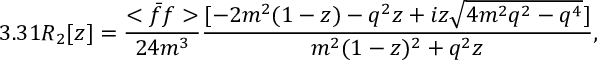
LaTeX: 3 . 3 1 R _ { 2 } [ z ] = \frac { < \bar { f } f > } { 2 4 m ^ { 3 } } \frac { [ - 2 m ^ { 2 } ( 1 - z ) - q ^ { 2 } z + i z \sqrt { 4 m ^ { 2 } q ^ { 2 } - q ^ { 4 } } ] } { m ^ { 2 } ( 1 - z ) ^ { 2 } + q ^ { 2 } z } ,